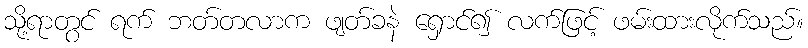
သို့ရာတွင် ရက် ဘတ်တလာက ဖျတ်ခနဲ ရှောင်၍ လက်ဖြင့် ဖမ်းထားလိုက်သည်။